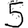
Digit: 5